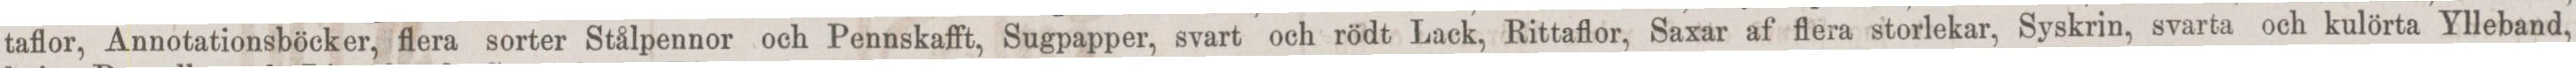
taflor, Annotationsböcker, flera sorter Stålpennor och Pennskafft, Sugpapper, svart och rödt Lack, Rittaflor, Saxar af flera storlekar, Syskrin, svarta och kulörta Ylleband,